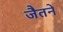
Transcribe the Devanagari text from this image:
जैतने